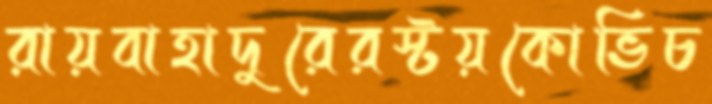
রায়বাহাদুরেরস্টয়কোভিচ